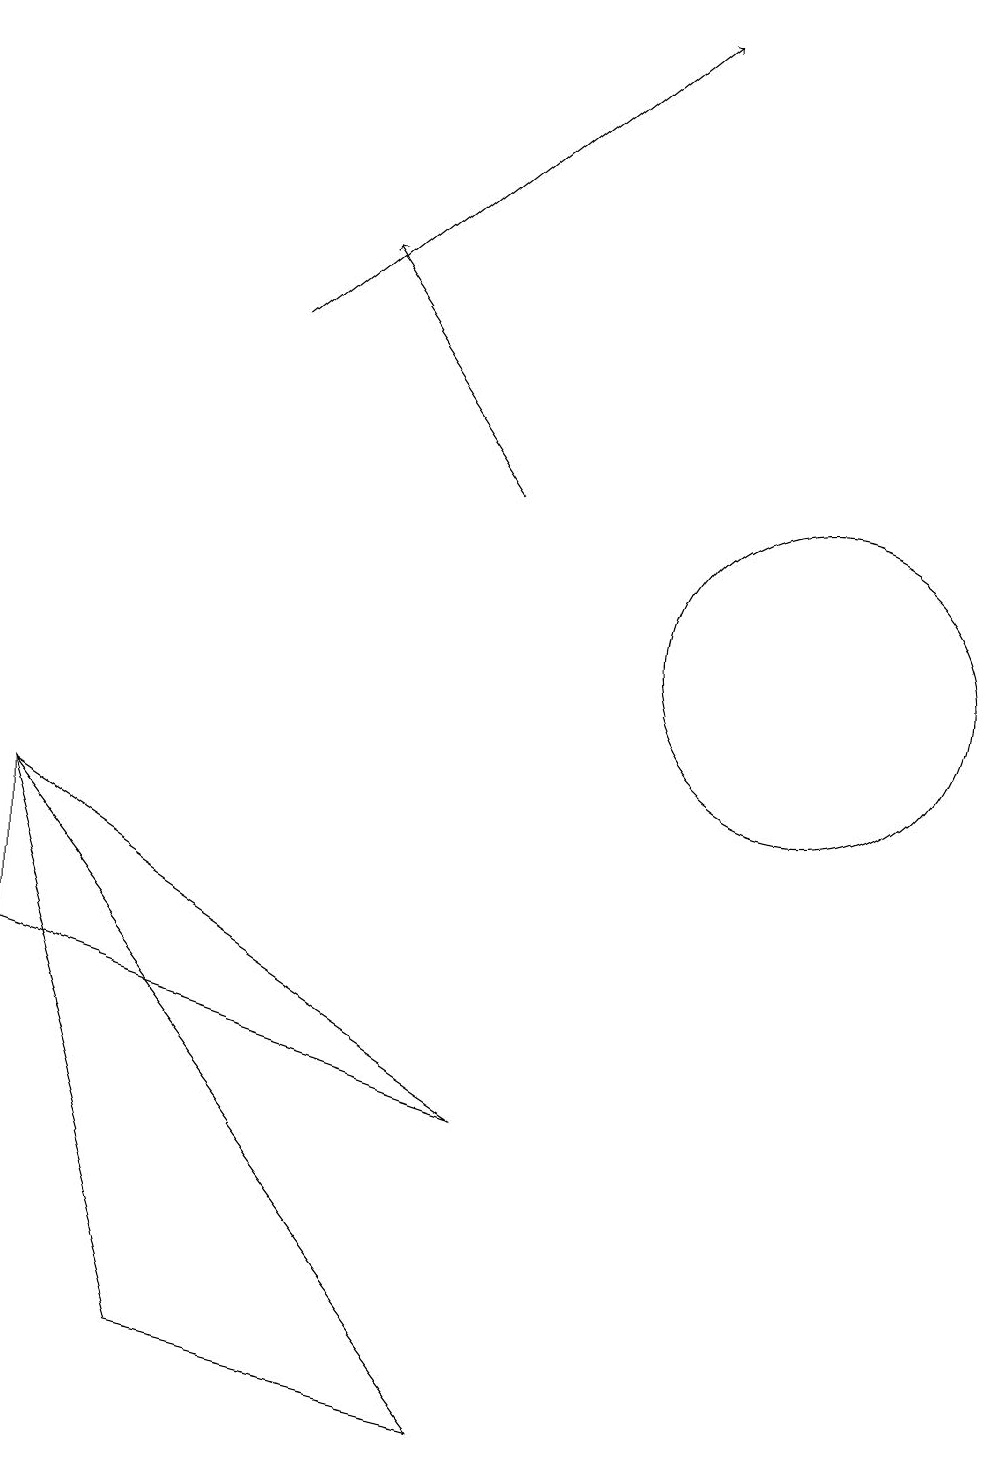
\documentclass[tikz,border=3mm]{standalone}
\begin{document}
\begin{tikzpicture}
\draw[->] (7,13) -- (5,16);
\draw (1,9) -- (1,7) -- (7,5) -- cycle;
\draw (7,1) -- (1,9) -- (3,2) -- cycle;
\draw[->] (4,15) -- (9,19);
\draw (11,11) circle (2);
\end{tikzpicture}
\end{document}